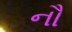
નૌ